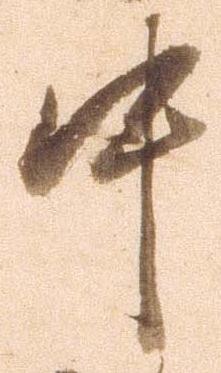
中